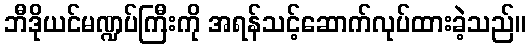
ဘီဒိုယင်မဏ္ဍပ်ကြီးကို အရန်သင့်ဆောက်လုပ်ထားခဲ့သည်။